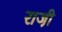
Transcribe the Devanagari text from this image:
राजी़